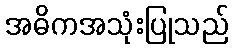
အဓိကအသုံးပြုသည်